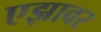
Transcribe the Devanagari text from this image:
एझावर